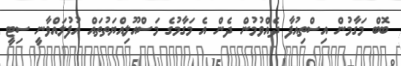
ބޮބް މަގާމުން އިސްތިއުފާ ދެއްވުމުން ދެން އެ މަގާމުގެ މަސްއޫލިއްޔަތުތައް އުފުލައްވާނީ ސިޓީ